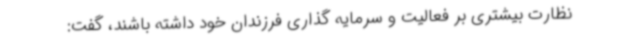
نظارت بیشتری بر فعالیت و سرمایه گذاری فرزندان خود داشته باشند، گفت: